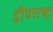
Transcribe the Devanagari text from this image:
द्वीपराष्ट्र